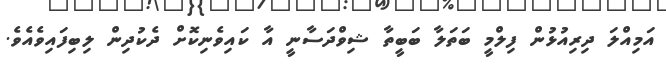
އަމިއްލަ ދިރިއުޅުން ފިލްމީ ބަތަލާ ބަބީތާ ޝިވްދަސާނީ އާ ކައިވެނިކޮށް ދެކުދިން ލިބިފައިވެއެވެ.